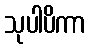
သုပါပိကာ